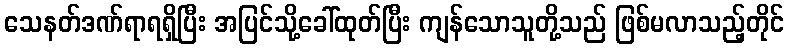
သေနတ်ဒဏ်ရာရရှိပြီး အပြင်သို့ခေါ်ထုတ်ပြီး ကျန်သောသူတို့သည် ဖြစ်မလာသည့်တိုင်